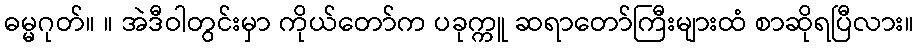
ဓမ္မဂုတ်။ ။ အဲဒီဝါတွင်းမှာ ကိုယ်တော်က ပခုက္ကူ ဆရာတော်ကြီးများထံ စာဆိုရပြီလား။